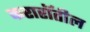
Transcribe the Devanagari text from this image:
करारॉतील